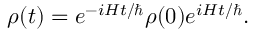
\rho ( t ) = e ^ { - i H t / \hbar } \rho ( 0 ) e ^ { i H t / \hbar } .